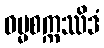
ဓမ္မစက္ကဿိဒံ